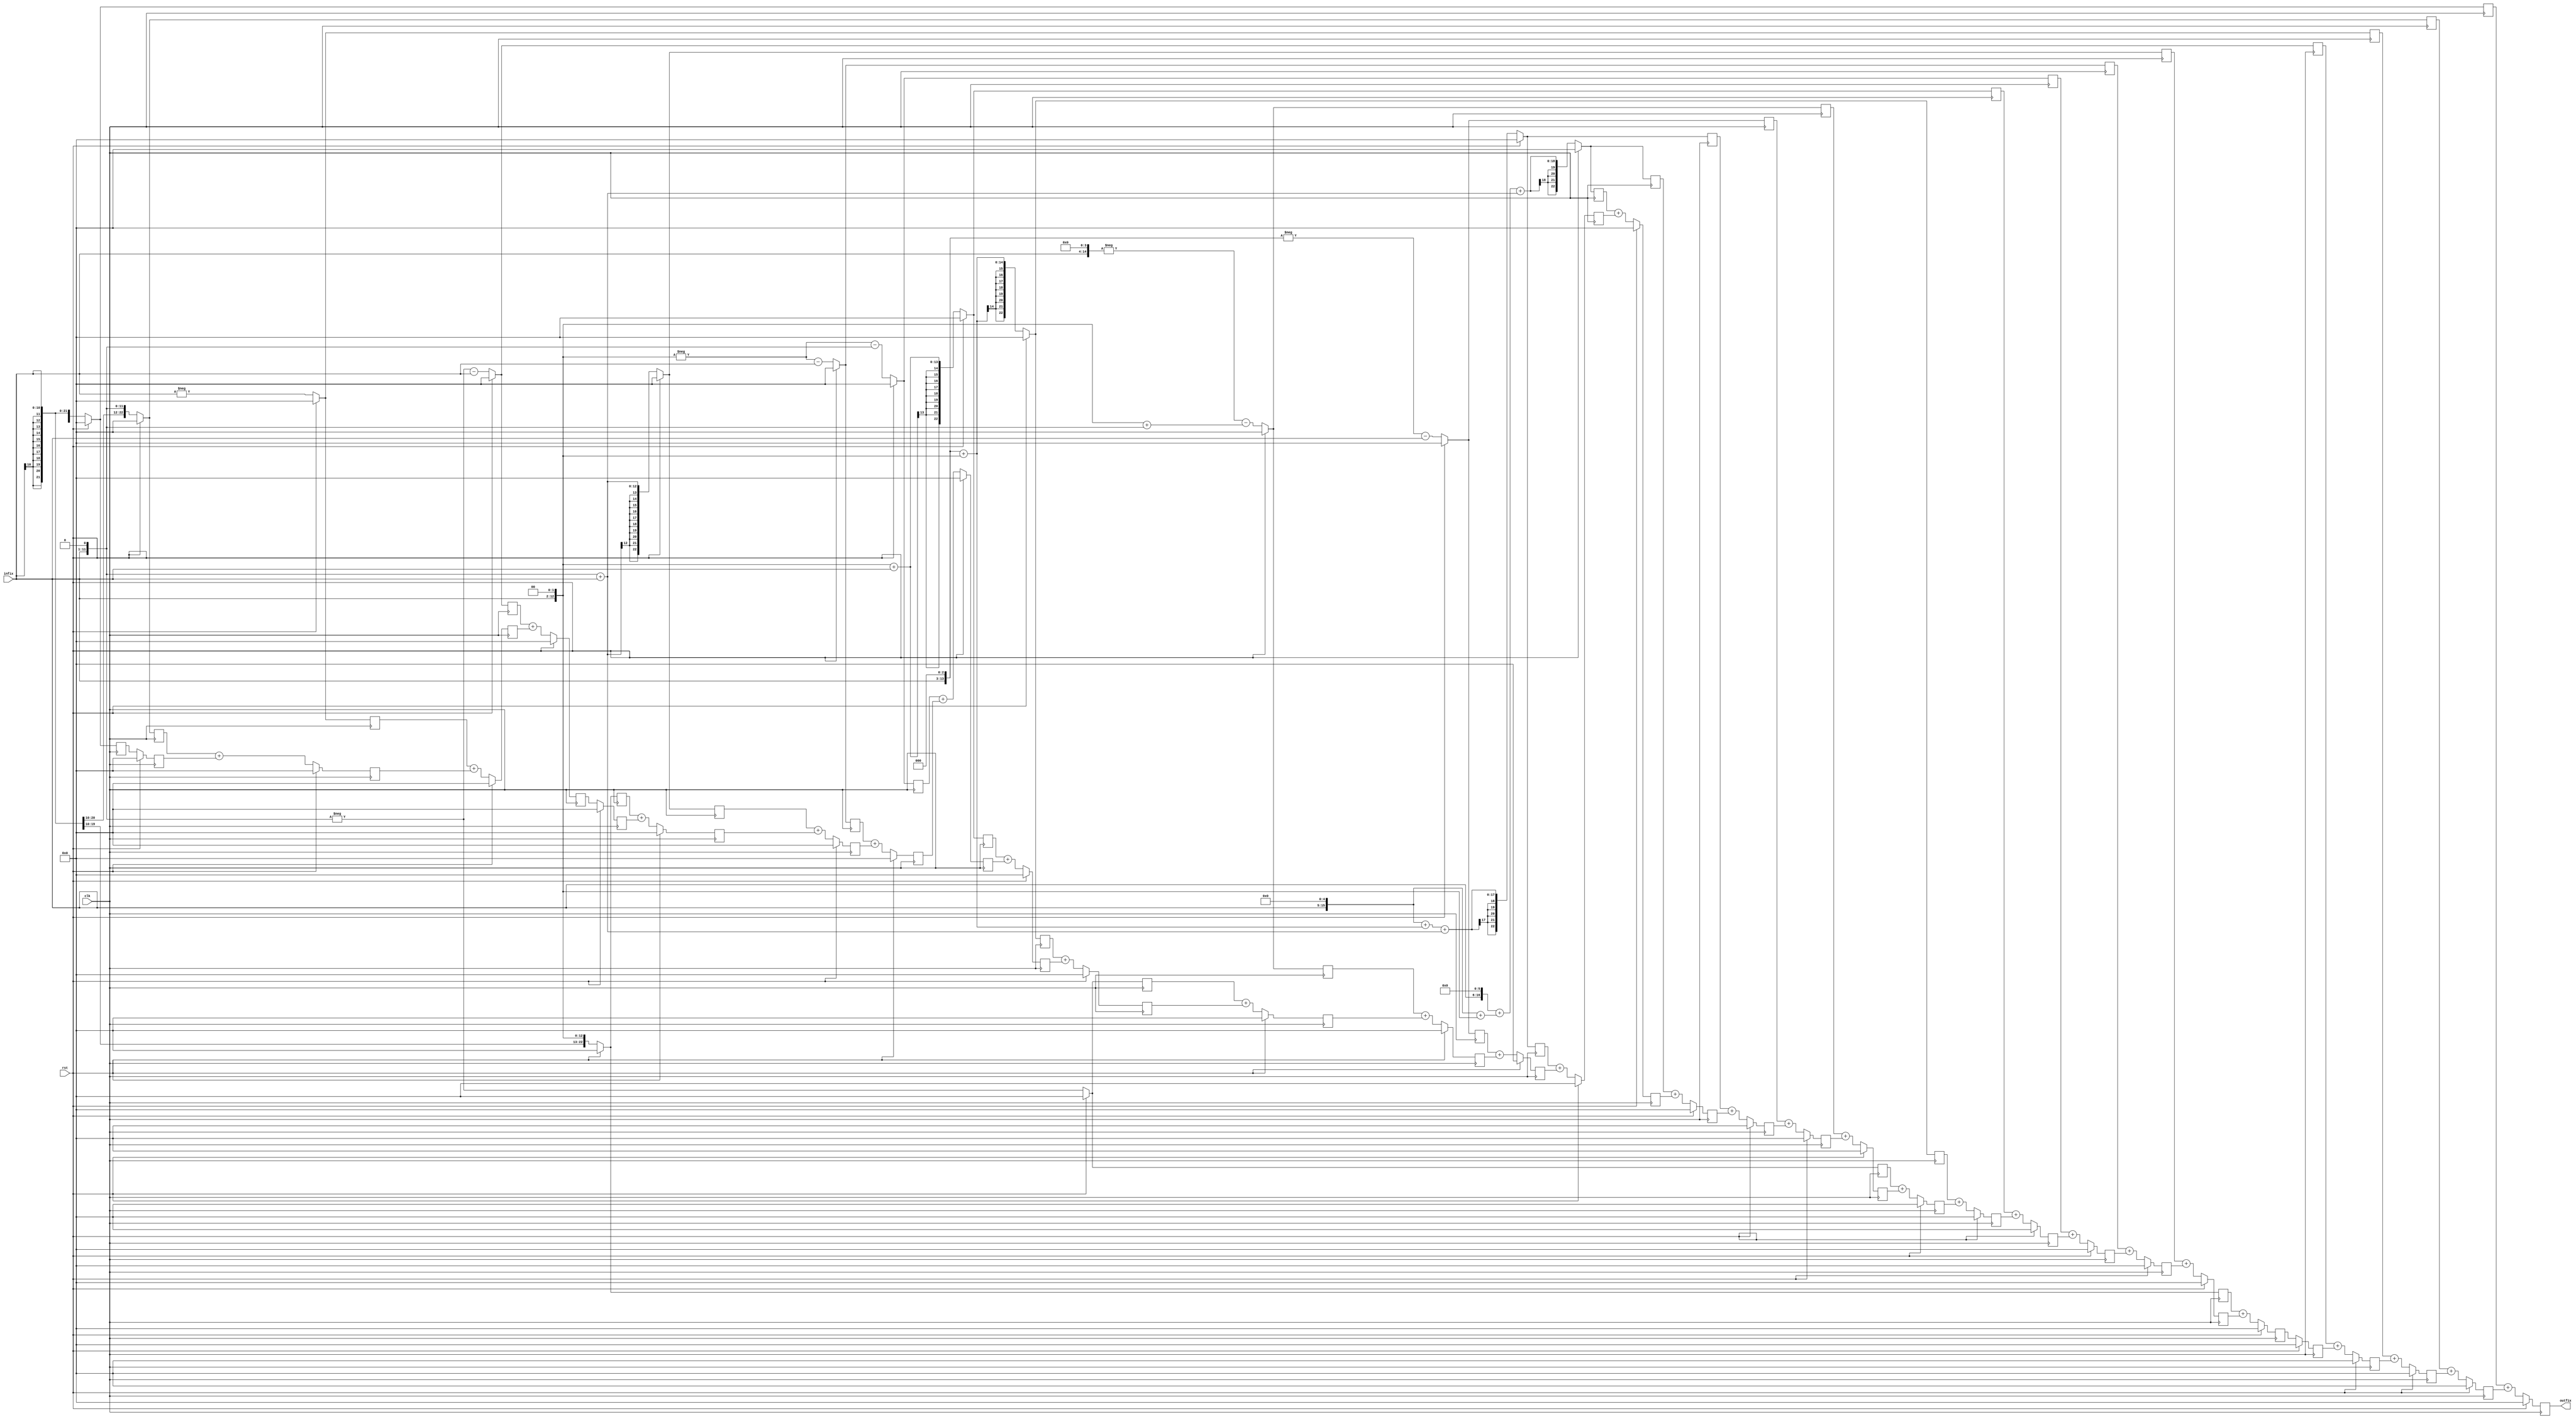
`timescale 1ns / 1ps
module FIR #
(
    parameter inbit = 11,		//1 bit sign +2 bit integer + 8 bit wordlength 
    parameter outbit = 23,		
    parameter n=32
)
(
    input rst,
    input clk,
    input wire signed [inbit-1:0] infix,
    output reg signed [outbit-1:0] outfix
);

//wire signed [inbit-1 :0] tap [0:n-1] ;	// 1 2 -1 -3 0 4 3 -5 -6 5 12 -2 -22 -9 47 103 103 47 -9 -22 -2 12 5 -6 -5 3 4 0 -3 -1 2 1
reg signed [outbit-1:0] mul [0:31];
reg signed [outbit-1:0] add [0:30];

/*assign tap[0] = 11'd1;
assign tap[1] = 11'd2;
assign tap[2] = -11'd1;
assign tap[3] = -11'd3;
assign tap[4] = 11'd0;
assign tap[5] = 11'd4;
assign tap[6] = 11'd3;
assign tap[7] = -11'd5;
assign tap[8] = -11'd6;
assign tap[9] = 11'd5;
assign tap[10] = 11'd12;
assign tap[11] = -11'd2;
assign tap[12] = -11'd22;
assign tap[13] = -11'd9;
assign tap[14] = 11'd47;
assign tap[15] = 11'd103;
assign tap[16] = 11'd103;
assign tap[17] = 11'd47;
assign tap[18] = -11'd9;
assign tap[19] = -11'd22;
assign tap[20] = -11'd2;
assign tap[21]= 11'd12;
assign tap[22] = 11'd5;
assign tap[23] = -11'd6;
assign tap[24] = -11'd5;
assign tap[25] = 11'd3;
assign tap[26] = 11'd4;
assign tap[27] = 11'd0;
assign tap[28] = -11'd3;
assign tap[29] = -11'd1;
assign tap[30] = 11'd2;
assign tap[31] = 11'd1;*/
integer  i;

wire signed [outbit-1:0] sh1,sh2,sh3,sh5;
wire signed [outbit-1:0] w0,w1,w2,w3,w4,w5,w6,w7,w8,w9,w10,w11,w12,w13,w14;  

assign sh1 = infix<<1;
assign sh2 = infix<<2;
assign sh3 = infix<<3;
assign sh5 = infix<<5;
		/*mul[0] <= infix;										//1
        mul[1] <= sh1;											//2
		mul[2] <= -infix;										//-1
		mul[3] <= -(sh1+infix);									//-3
		mul[4] <= (sh1);										//4
		mul[5] <= sh1+infix; 									//3
		mul[6] <= -(sh2 +infix) ; 								//-5
		mul[7] <= -(sh2 +sh1); 									//-6
		mul[8] <= sh2+infix; 									//5
		mul[9] <= sh3 +sh2;										//12
		mul[10] <= -(sh1);										//-2
		mul[11] <= (infix<<4)+(sh2+sh1);						//-22
		mul[12] <= -(sh3+infix);								//-9
		mul[13] <= (sh5+sh3)+(sh2+sh1 +infix); 					//47
		mul[14] <= (infix<<6)+(sh5)+(sh2+sh1 +infix); 			//103*/
assign w0 = infix;//1
assign w1 = sh1;//2
assign w2 = -infix;//-1
assign w3 = -sh1-infix;	//-3
//0
assign w4 = sh2; //4
assign w5 = sh1+infix; //3
assign w6 = -sh2-infix;	//-5
assign w7 = -sh2-sh1;	//-6
assign w8 =sh2+infix;	//5
assign w9 = sh3+sh2;	//12
assign w10 = -sh1;		//-2
assign w11 = -(infix<<4) - (sh2 + sh1);	//-22
assign w12 = -sh3-infix;			//-9
assign w13 = (sh5)+(sh3+sh2)+(sh1+infix);		//47
assign w14 = (infix<<6)+(sh5+sh2)+(sh1+infix);		//103
always @(posedge clk) begin
    if (rst) begin
		outfix <= 0;
    end else begin 
		outfix <= mul[0] +add[0];
	end
end
always @(posedge clk) begin
    if (rst) begin
        for(i=0;i<32;i=i+1)
			mul[i] <= 0;
    end else begin 
        mul[0] <= w0;
        mul[1] <= w1;
		mul[2] <= w2;
		mul[3] <= w3;
		mul[4] <=0;
		mul[5] <= w4;
		mul[6] <= w5;
		mul[7] <= w6;
		mul[8] <= w7;
		mul[9] <= w8;
		mul[10] <= w9;
		mul[11] <= w10;
		mul[12] <= w11;
		mul[13] <= w12;
		mul[14] <= w13;
		mul[15] <= w14;
		mul[16] <= w14;
		mul[17] <= w13;
		mul[18] <= w12;
		mul[19] <= w11;
		mul[20] <= w10;
		mul[21] <= w9;
		mul[22] <= w8;
		mul[23] <= w7;
		mul[24] <= w6;
		mul[25] <= w5;
		mul[26] <= w4;
		mul[27] <= 0;
		mul[28] <= w3;
		mul[29] <= w2;
		mul[30] <= w1;
		mul[31] <= w0;
    end
end
always @(posedge clk) begin
    if (rst) begin
        for(i=0;i<31;i=i+1)
			add[i] <= 0;
    end else begin 
        add[0] <= mul[1]+add[1];
        add[1] <= mul[2]+add[2];
		add[2] <= mul[3]+add[3];
		add[3] <= add[4];
		add[4] <= mul[5]+add[5];
		add[5] <= mul[6]+add[6];
		add[6] <= mul[7]+add[7];
		add[7] <= mul[8]+add[8];
		add[8] <= mul[9]+add[9];
		add[9] <= mul[10]+add[10];
		add[10] <= mul[11]+add[11];
		add[11] <= mul[12]+add[12];
		add[12] <= mul[13]+add[13];
		add[13] <= mul[14]+add[14];
		add[14] <= mul[15]+add[15];
		add[15] <= mul[16]+add[16];
		add[16] <= mul[17]+add[17];
		add[17] <= mul[18]+add[18];
		add[18] <= mul[19]+add[19];
		add[19] <= mul[20]+add[20];
		add[20] <= mul[21]+add[21];
		add[21] <= mul[22]+add[22];
		add[22] <= mul[23]+add[23];
		add[23] <= mul[24]+add[24];
		add[24] <= mul[25]+add[25];
		add[25] <= mul[26]+add[26];
		add[26] <= add[27];
		add[27] <= mul[28]+add[28];
		add[28] <= mul[29]+add[29];
		add[29] <= mul[30]+add[30];
		add[30] <= mul[31];
    end
end

    
endmodule